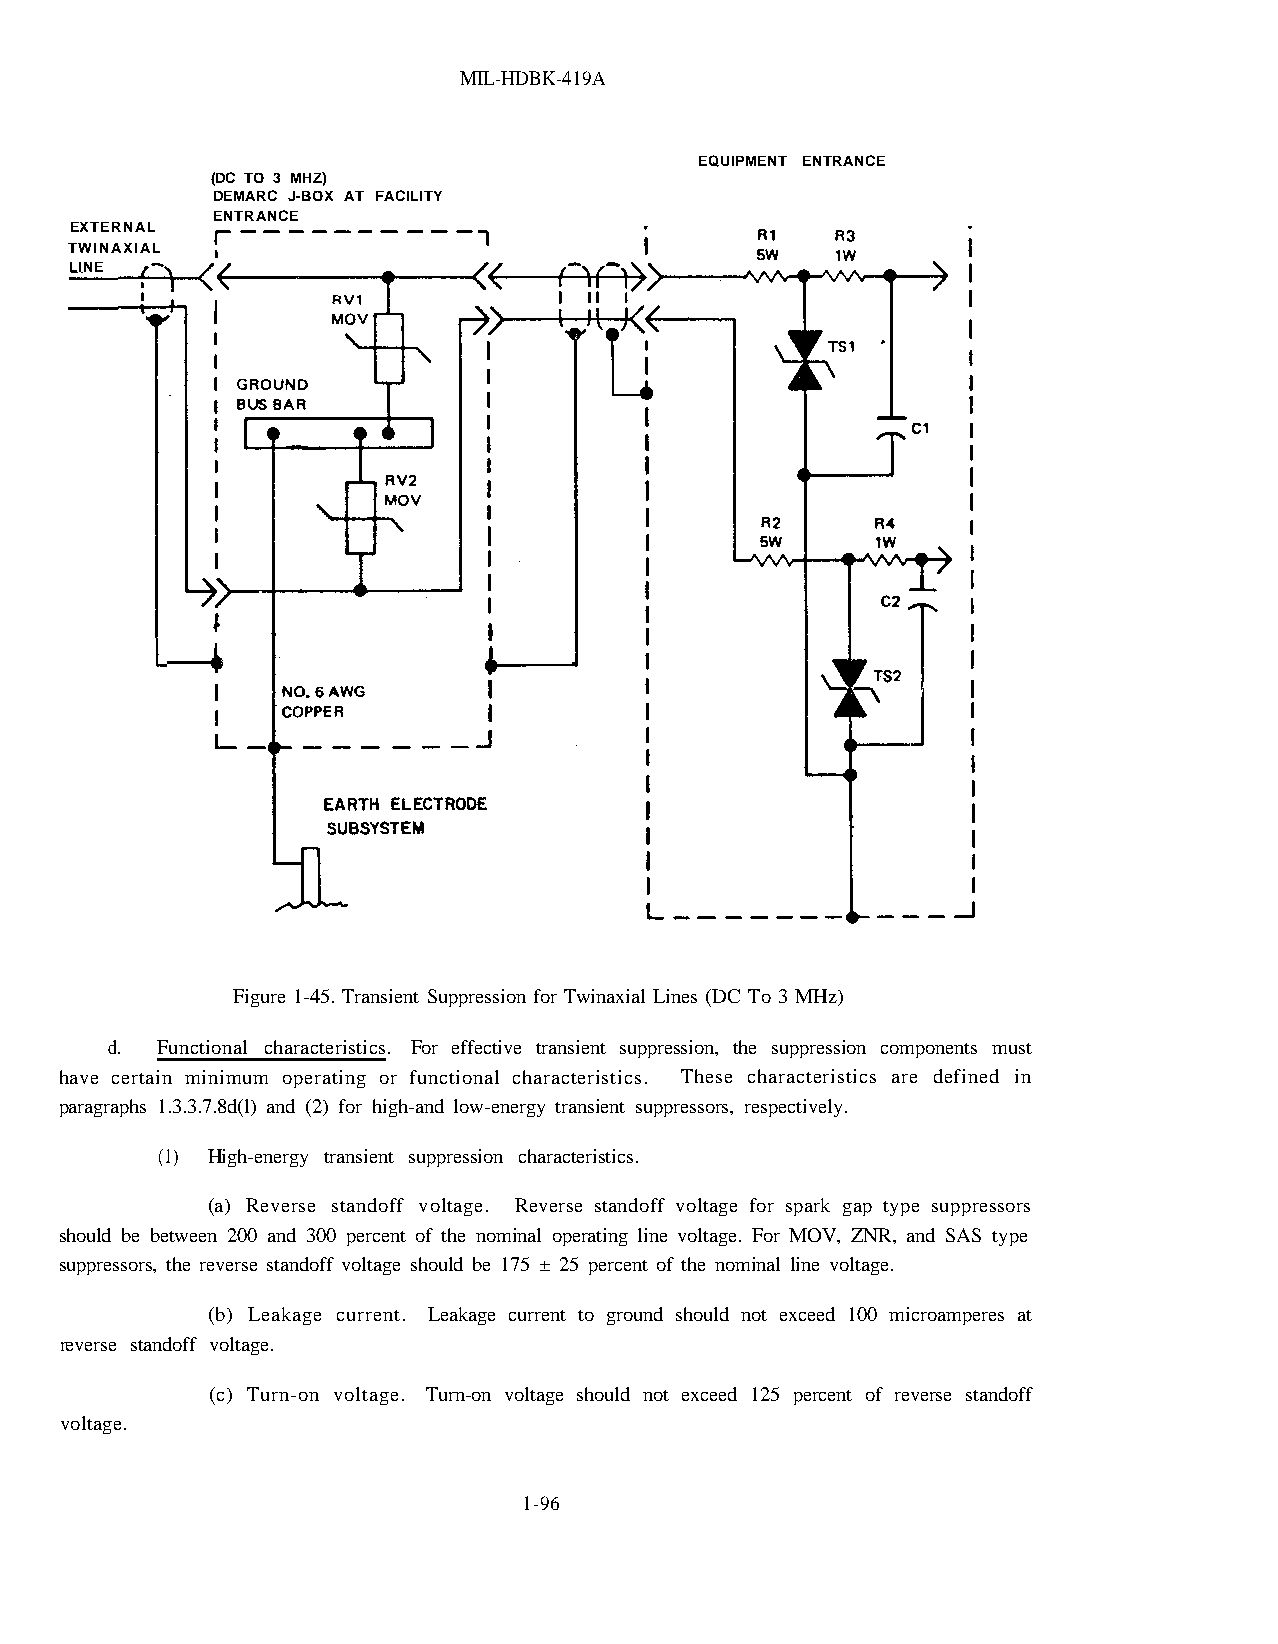
MIL-HDBK-419A
 EQUIPMENT ENTRANCE
 (DC TO 3 MHZ)
 DEMARC J-BOX AT FACILITY
 ENTRANCE
 EXTERNAL
 TWINAXIAL
 LINE
 Figure 1-45. Transient Suppression for Twinaxial Lines (DC To 3 MHz)
 d. Functional characteristics. For effective transient suppression, the suppression components must
 have certain minimum operating or functional characteristics. These characteristics are defined in
 paragraphs 1.3.3.7.8d(l) and (2) for high-and low-energy transient suppressors, respectively.
 (1) High-energy transient suppression characteristics.
 (a) Reverse standoff voltage. Reverse standoff voltage for spark gap type suppressors
 should be between 200 and 300 percent of the nominal operating line voltage. For MOV, ZNR, and SAS type
 suppressors, the reverse standoff voltage should be 175 ± 25 percent of the nominal line voltage.
 (b) Leakage current. Leakage current to ground should not exceed 100 microamperes at
 reverse standoff voltage.
 (c) Turn-on voltage. Turn-on voltage should not exceed 125 percent of reverse standoff
 voltage.
 1-96